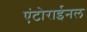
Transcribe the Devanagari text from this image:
एंटोराईनल